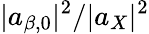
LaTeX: |a_{\beta,0}|^{2}/|a_{X}|^{2}